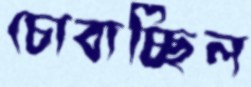
চোবাচ্ছিল